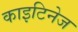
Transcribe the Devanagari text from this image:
काइटिनेज